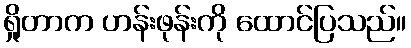
ရှိုတာက ဟန်းဖုန်းကို ထောင်ပြသည်။